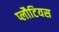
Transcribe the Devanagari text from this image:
प्लौटियस